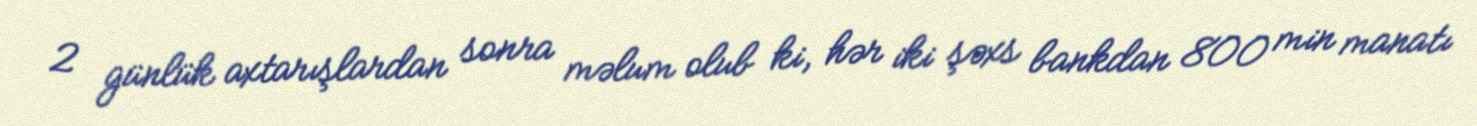
2 günlük axtarışlardan sonra məlum olub ki, hər iki şəxs bankdan 800 min manatı